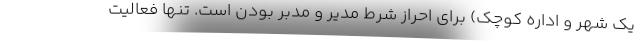
یک شهر و اداره کوچک) برای احراز شرط مدیر و مدبر بودن است. تنها فعالیت